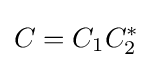
C=C_{1}C_{2}^{*}